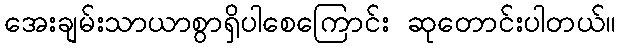
အေးချမ်းသာယာစွာရှိပါစေကြောင်း ဆုတောင်းပါတယ်။